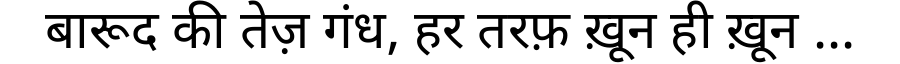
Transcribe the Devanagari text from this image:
बारूद की तेज़ गंध, हर तरफ़ ख़ून ही ख़ून ...